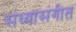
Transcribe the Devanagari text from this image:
संध्यासंगीत